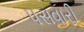
પસવારી